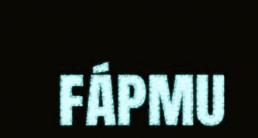
fápmu